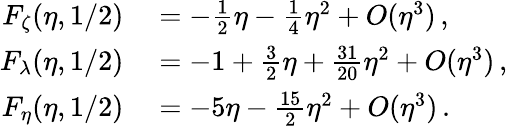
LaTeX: \begin{array}{rl}{F_{\zeta}(\eta,1/2)}&{{}=-\frac{1}{2}\eta-\frac{1}{4}\eta^{2}+O(\eta^{3})\, ,}\\ {F_{\lambda}(\eta,1/2)}&{{}=-1+\frac{3}{2}\eta+\frac{31}{20}\eta^{2}+O(\eta^{3})\, ,}\\ {F_{\eta}(\eta,1/2)}&{{}=-5\eta-\frac{15}{2}\eta^{2}+O(\eta^{3})\, .}\end{array}